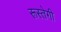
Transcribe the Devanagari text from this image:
रूस्तेगी